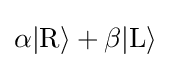
\alpha |\mathrm {R} \rangle +\beta |\mathrm {L} \rangle